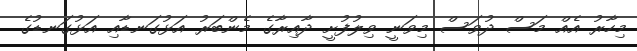
މިހާރު އެއް މަސް ދުވަސް މިވަނީ ވިލުފުށީ ދާއިރާގެ މެންބަރު އަޅުގަނޑާއި އަޅުގަނޑުގެ